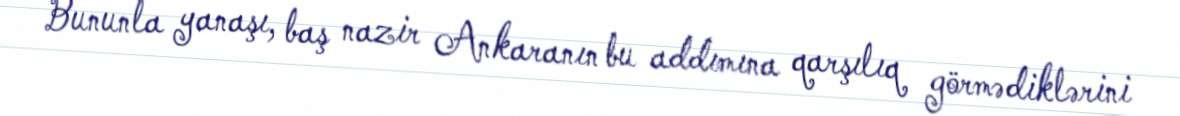
Bununla yanaşı, baş nazir Ankaranın bu addımına qarşılıq görmədiklərini